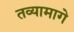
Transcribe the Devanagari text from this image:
तव्यामागे